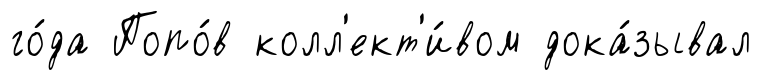
го́да Попо́в колл'ект'и́вом дока́зывал